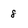
Character: 8